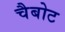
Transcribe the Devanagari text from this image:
चैबोट